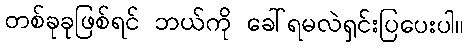
တစ်ခုခုဖြစ်ရင် ဘယ်ကို ခေါ်ရမလဲရှင်းပြပေးပါ။